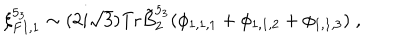
\xi _ { F I , 1 } ^ { 5 _ { 3 } } \sim ( 2 i \sqrt { 3 } ) \mathrm { T r } \tilde { B } _ { 2 } ^ { 5 _ { 3 } } ( \phi _ { 1 , 1 , 1 } + \phi _ { 1 , 1 , 2 } + \phi _ { 1 , 1 , 3 } ) \; ,